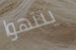
ينتهوا